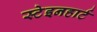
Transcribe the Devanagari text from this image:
स्टेइनहार्ट